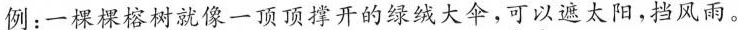
例：一棵棵榕树就像一顶顶撑开的绿绒大伞，可以遮太阳，挡风雨。